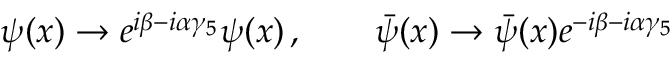
\psi ( x ) \to e ^ { i \beta - i \alpha \gamma _ { 5 } } \psi ( x ) \, , \qquad \bar { \psi } ( x ) \to \bar { \psi } ( x ) e ^ { - i \beta - i \alpha \gamma _ { 5 } }